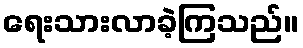
ရေးသားလာခဲ့ကြသည်။